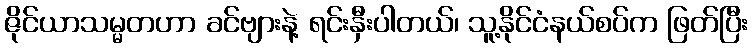
ဇိုင်ယာသမ္မတဟာ ခင်ဗျားနဲ့ ရင်းနှီးပါတယ်၊ သူ့နိုင်ငံနယ်စပ်က ဖြတ်ပြီး